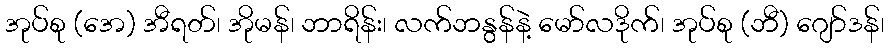
အုပ်စု (အေ) အီရတ်၊ အိုမန်၊ ဘာရိန်း၊ လက်ဘနွန်နဲ့ မော်လဒိုက်၊ အုပ်စု (ဘီ) ဂျော်ဒန်၊